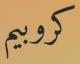
كروبيم